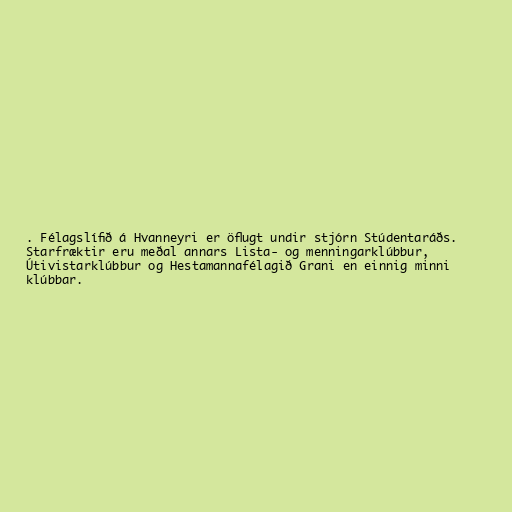
. Félagslífið á Hvanneyri er öflugt undir stjórn Stúdentaráðs.
Starfræktir eru meðal annars Lista- og menningarklúbbur,
Útivistarklúbbur og Hestamannafélagið Grani en einnig minni
klúbbar.